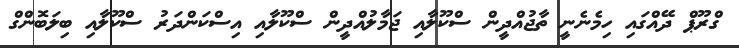
ގްރޫޕް ދޭއްގައި ހިމެނެނީ ތާޖުއްދީން ސްކޫލާއި ޖަމާލުއްދީން ސްކޫލާއި އިސްކަންދަރު ސްކޫލާއި ބިލަބޮންގް